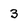
Character: 3